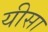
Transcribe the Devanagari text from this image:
यीसा